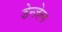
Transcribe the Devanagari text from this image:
डेन्ज़ेल